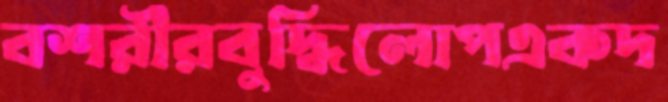
বশরীরবুদ্ধিলোপএকদ